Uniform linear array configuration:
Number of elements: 4
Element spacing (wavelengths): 1
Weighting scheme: cosine
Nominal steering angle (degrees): -45
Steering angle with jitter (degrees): -45.602
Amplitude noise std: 0.05
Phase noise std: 0.05

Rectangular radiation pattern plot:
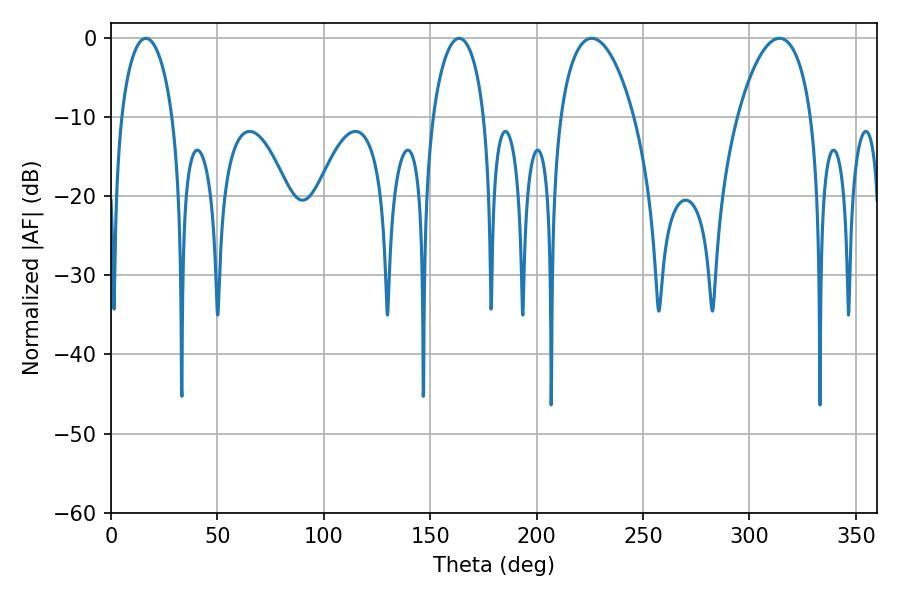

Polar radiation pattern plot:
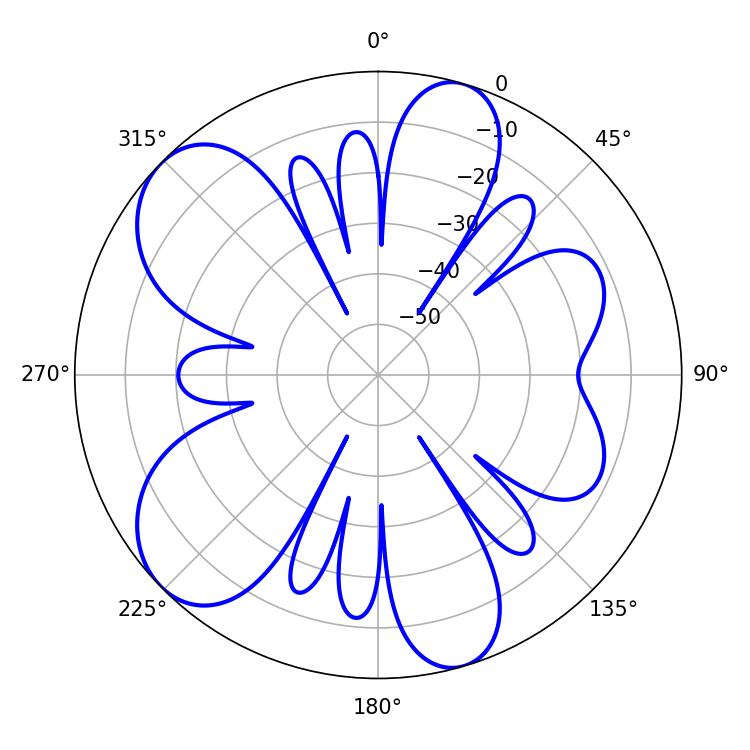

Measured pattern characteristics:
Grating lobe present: TRUE
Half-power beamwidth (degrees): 13.86
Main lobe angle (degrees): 16.38